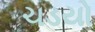
ચડયો